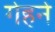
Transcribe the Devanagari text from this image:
गेहने